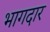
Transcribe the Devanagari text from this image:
भागदार